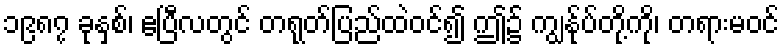
၁၉၈၇ ခုနှစ်၊ ဧပြီလတွင် တရုတ်ပြည်ထဲဝင်၍ ဤ၌ ကျွန်ုပ်တို့ကို၊ တရားမဝင်